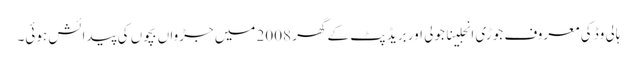
ہالی وڈ کی معروف جوڑی انجلینا جولی اور بریڈ پٹ کے گھر 2008 میں جڑواں بچوں کی پیدائش ہوئی۔